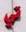
تي